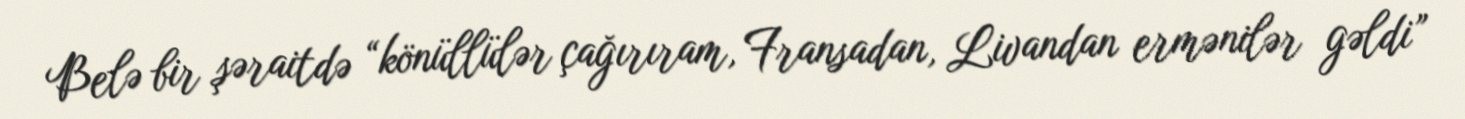
Belə bir şəraitdə “könüllülər çağırıram, Fransadan, Livandan ermənilər gəldi”